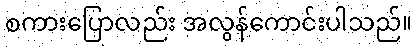
စကားပြောလည်း အလွန်ကောင်းပါသည်။